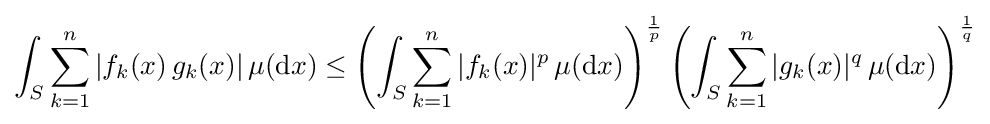
\int _{S}\sum _{k=1}^{n}|f_{k}(x)\,g_{k}(x)|\,\mu (\mathrm {d} x)\leq \left(\int _{S}\sum _{k=1}^{n}|f_{k}(x)|^{p}\,\mu (\mathrm {d} x)\right)^{\frac {1}{p}}\left(\int _{S}\sum _{k=1}^{n}|g_{k}(x)|^{q}\,\mu (\mathrm {d} x)\right)^{\frac {1}{q}}